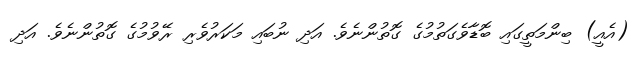
(އެއީ) ބިންމަތީގައި ބޮޑާވެގަތުމުގެ ގޮތުންނެވެ. އަދި ނުބައި މަކަރުވެރި ރޭވުމުގެ ގޮތުންނެވެ. އަދި